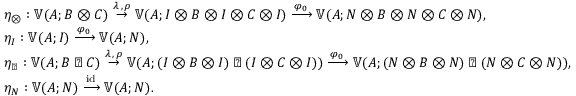
\begin{array} { r l } & { η _ { ⊗ } : 𝕍 ( A ; B ⊗ C ) \overset { \lambda \, , \, \rho } { \to } 𝕍 ( A ; I ⊗ B ⊗ I ⊗ C ⊗ I ) \xrightarrow [ ] { φ _ { 0 } } 𝕍 ( A ; N ⊗ B ⊗ N ⊗ C ⊗ N ) , } \\ & { η _ { I } : 𝕍 ( A ; I ) \xrightarrow [ ] { φ _ { 0 } } 𝕍 ( A ; N ) , } \\ & { η _ { ◁ } : 𝕍 ( A ; B ◁ C ) \overset { \lambda \, , \, \rho } { \to } 𝕍 ( A ; ( I ⊗ B ⊗ I ) ◁ ( I ⊗ C ⊗ I ) ) \xrightarrow [ ] { φ _ { 0 } } 𝕍 ( A ; ( N ⊗ B ⊗ N ) ◁ ( N ⊗ C ⊗ N ) ) , } \\ & { η _ { N } : 𝕍 ( A ; N ) \xrightarrow [ ] { \mathrm { i d } } 𝕍 ( A ; N ) . } \end{array}